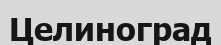
Целиноград